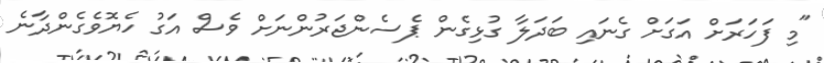
"މި ފަހަރަށް އަގަށް ގެނައި ބަދަލާ ގުޅިގެން ޕެސެންޖަރުންނަށް ވެސް އަގު ހެޔޮވެގެންދާނެ